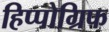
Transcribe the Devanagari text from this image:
हिप्पोग्रिफ